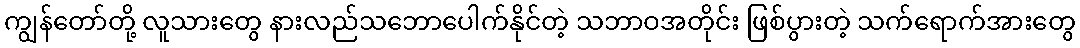
ကျွန်တော်တို့ လူသားတွေ နားလည်သဘောပေါက်နိုင်တဲ့ သဘာဝအတိုင်း ဖြစ်ပွားတဲ့ သက်ရောက်အားတွေ